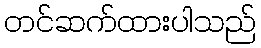
တင်ဆက်ထားပါသည်